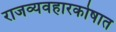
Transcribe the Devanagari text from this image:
राजव्यवहारकोषात